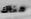
هناك